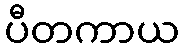
ပီတကာယ